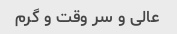
عالی و سر وقت و گرم